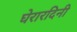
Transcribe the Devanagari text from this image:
घेरारदिनी